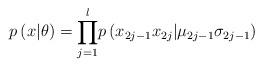
LaTeX: \begin{align*}p_{}\left( x|\theta\right) ={\displaystyle\prod\limits_{j=1}^{l}}p\left( x_{2j-1}x_{2j}|\mu_{2j-1}\sigma_{2j-1}\right) \end{align*}